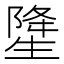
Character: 𤯲